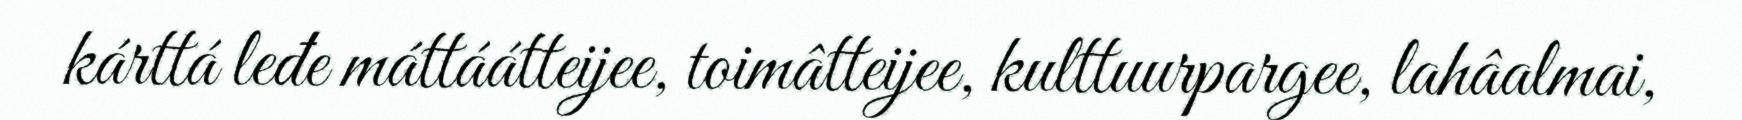
kárttá leđe máttáátteijee, toimâtteijee, kulttuurpargee, lahâalmai,